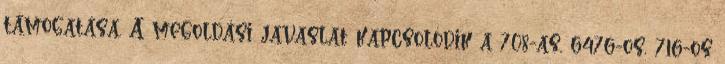
támogatása. A megoldási javaslat kapcsolódik a 708-as, 6476-os, 716-os